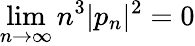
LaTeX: \operatorname*{lim}_{n\rightarrow\infty}n^{3}|p_{n}|^{2}=0